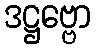
ဒဋ္ဌဗ္ဗော